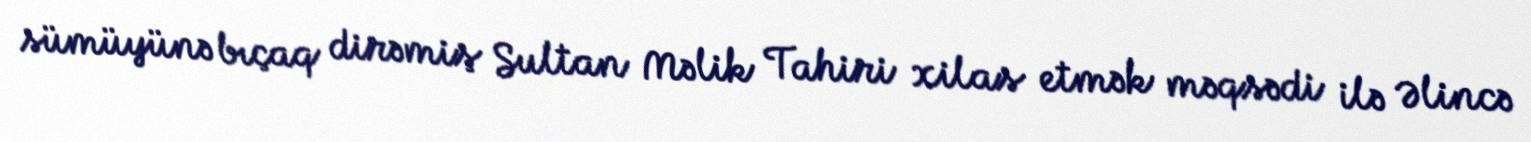
sümüyünə bıçaq dirəmiş Sultan Məlik Tahiri xilas etmək məqsədi ilə Əlincə